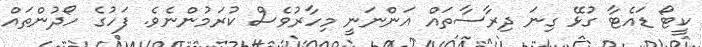
ކީޓޯ ޑައެޓާ ގުޅޭ ގިނަ ދިރާސާތައް އަންނަނީ މިހާރުވެސް ކުރަމުންނެވެ. ފަހުގެ ހޯދުންތައް